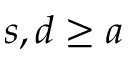
s , d \ge a